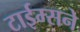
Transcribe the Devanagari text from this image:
टाईम्सने